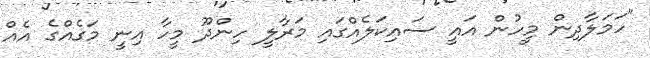
"ހަމަލާދިން މީހުން އައީ ސައިކަލެއްގައި މަރާލީ ހިންދޫ މީހާ އިނީ މަގެއްގެ އެއް